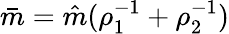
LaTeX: \bar{m}=\hat{m}(\rho_{1}^{-1}+\rho_{2}^{-1})